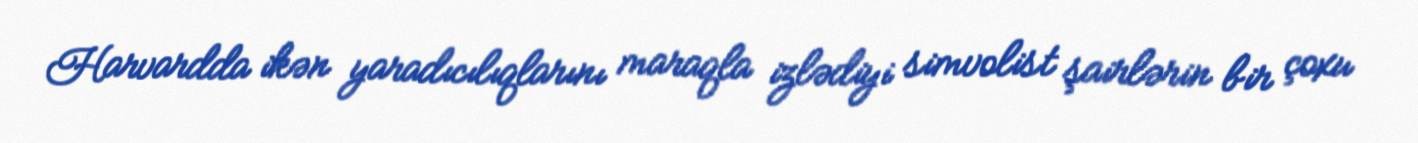
Harvardda ikən yaradıcılıqlarını maraqla izlədiyi simvolist şairlərin bir çoxu